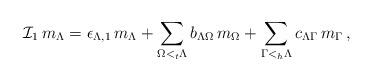
LaTeX: \begin{align*}{\mathcal I}_1 \, m_{\Lambda} = \epsilon_{\Lambda,1} \, m_{\Lambda}+ \sum_{\Omega <_t \Lambda } b_{\Lambda \Omega} \, m_{\Omega}+ \sum_{\Gamma <_{h} \Lambda }c_{\Lambda \Gamma} \, m_{\Gamma} \, ,\end{align*}